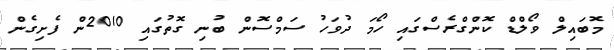
މޮބައިލް ވޯލްޑް ކޮންގްރެސްގައި ހޯމަ ދުވަހު ސަމްސޮން ބުނި ގޮތުގައި 2010ން ފެށިގެން